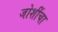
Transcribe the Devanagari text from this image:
जोशींचा